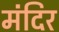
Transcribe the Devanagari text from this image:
मंंदिर